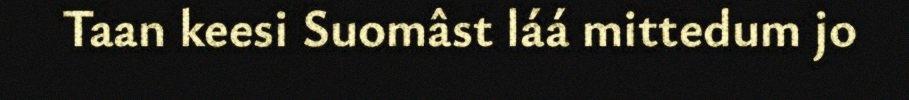
Taan keesi Suomâst láá mittedum jo